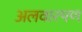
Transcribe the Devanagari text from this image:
अलवारपण